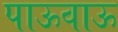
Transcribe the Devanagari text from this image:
पाऊवाऊ